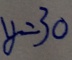
y = 3 0